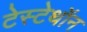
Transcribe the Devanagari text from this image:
टेस्टेथॉन